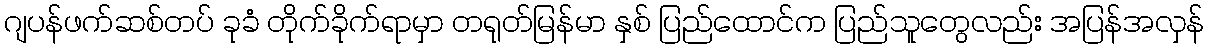
ဂျပန်ဖက်ဆစ်တပ် ခုခံ တိုက်ခိုက်ရာမှာ တရုတ်မြန်မာ နှစ် ပြည်ထောင်က ပြည်သူတွေလည်း အပြန်အလှန်